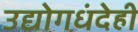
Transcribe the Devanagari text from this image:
उद्योगधंदेही